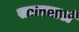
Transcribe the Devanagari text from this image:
समस्याअें